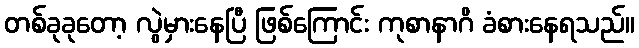
တစ်ခုခုတော့ လွဲမှားနေပြီ ဖြစ်ကြောင်း ကုစာနာဂိ ခံစားနေရသည်။